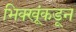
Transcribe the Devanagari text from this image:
भिक्खूंकडून